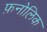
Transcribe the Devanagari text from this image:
फ़नोलिक